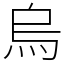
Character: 烏